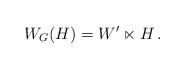
LaTeX: \begin{align*} W_G(H)= W' \ltimes H\, . \end{align*}